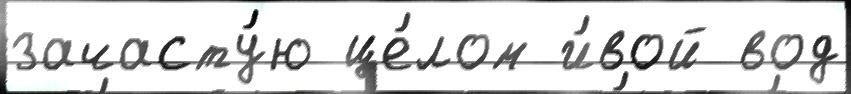
зачасту́ю це́лом и́вой вод